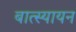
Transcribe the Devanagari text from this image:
बात्स्यायन